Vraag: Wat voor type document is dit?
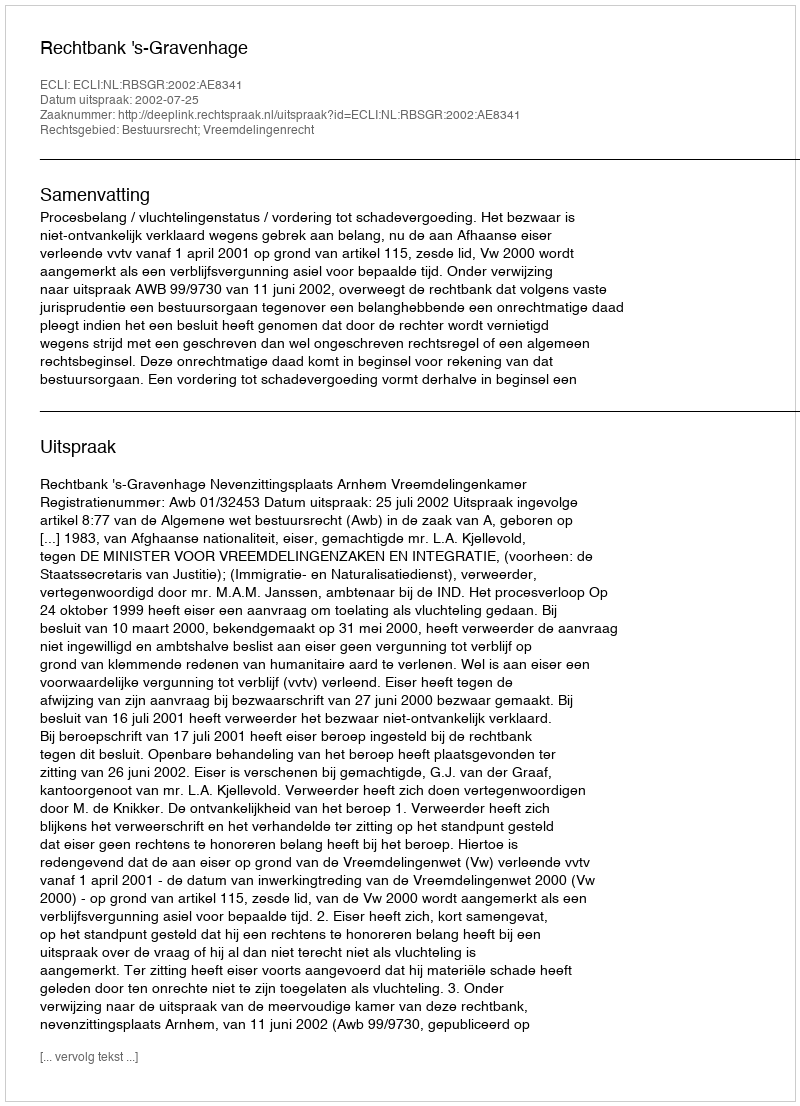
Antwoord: Uitspraak